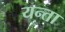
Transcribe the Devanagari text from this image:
यन्ता